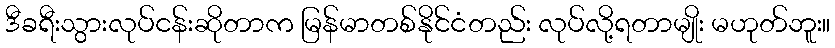
ဒီခရီးသွားလုပ်ငန်းဆိုတာက မြန်မာတစ်နိုင်ငံတည်း လုပ်လို့ရတာမျိုး မဟုတ်ဘူး။